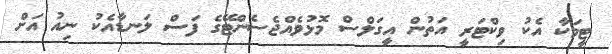
ޓީމަކާ އެކު ވިކްޓަރީ އަތުން އީގަލްސް މޮޅުވެއްޖެސެންޓޭގެ ފަސް ލަނޑާއެކު ނިއު އަށް